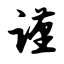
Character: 谨